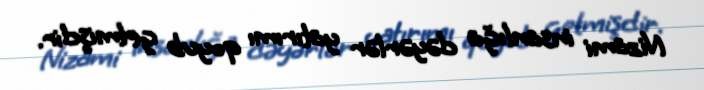
Nizami insanlığa dəyərlər yatırımı qoyub getmişdir.